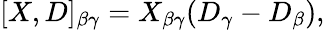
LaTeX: [X,D]_{\beta\gamma}=X_{\beta\gamma}(D_{\gamma}-D_{\beta}),